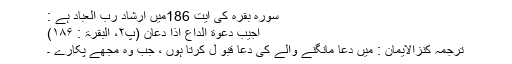
سورۂ بقرہ کی آیت 186میں ارشادِ رب العباد ہے :
اُجِیْبُ دَعْوَةَ الدَّاعِ اِذَا دَعَانِۙ (پ۲، البقرۃ : ۱۸۶)
ترجَمۂ کنزالایمان : میں دعا مانگنے والے کی دعا قبو ل کرتا ہوں ، جب وہ مجھے پکارے ۔